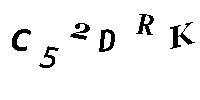
C52DRK